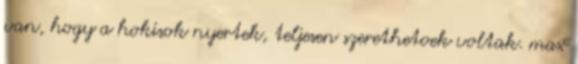
van, hogy a hokisok nyertek, teljesen szerethetoek voltak. max